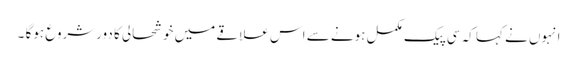
انہوں نے کہا کہ سی پیک مکمل ہونے سے اس علاقے میں خوشحالی کا دورشروع ہوگا ۔